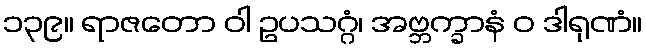
၁၃၉။ ရာဇတော ဝါ ဥပသဂ္ဂံ၊ အဗ္ဘက္ခာနံ ဝ ဒါရုဏံ။